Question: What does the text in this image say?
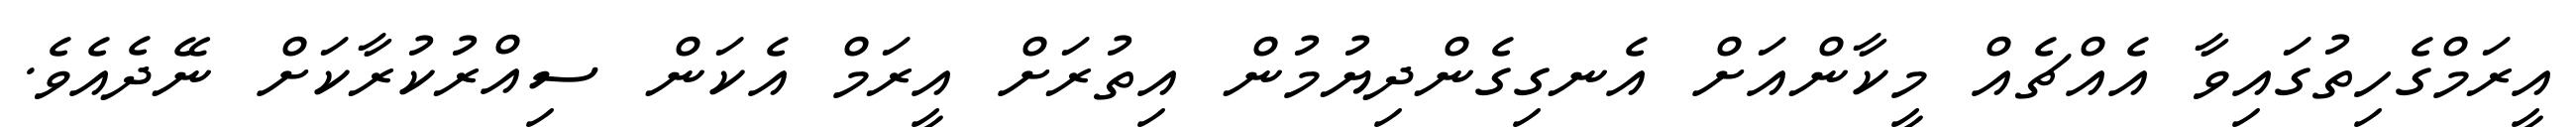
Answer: އީރަމްގެހިތުގައިވާ އެއްޗެއް މީކާންއަށް އެނގިގެންދިޔުމުން އިތުރަށް އީރަމް އެކަން ސިއްރުކުރާކަށް ނޭދެއެވެ.